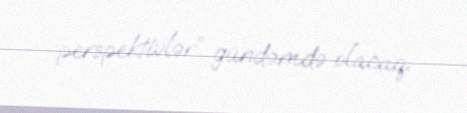
perspektivlər” gündəmdə olacaq.